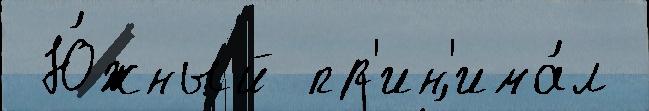
 Ю́жный пр'ин'има́л